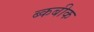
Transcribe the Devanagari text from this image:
ब्कबीक